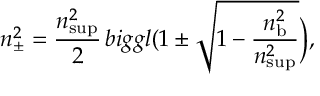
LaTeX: n _ { \pm } ^ { 2 } = \frac { n _ { \mathrm { s u p } } ^ { 2 } } { 2 } \, b i g g l ( 1 \pm \sqrt { 1 - \frac { n _ { \mathrm { b } } ^ { 2 } } { n _ { \mathrm { s u p } } ^ { 2 } } } \biggr ) ,